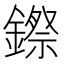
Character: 𮢻